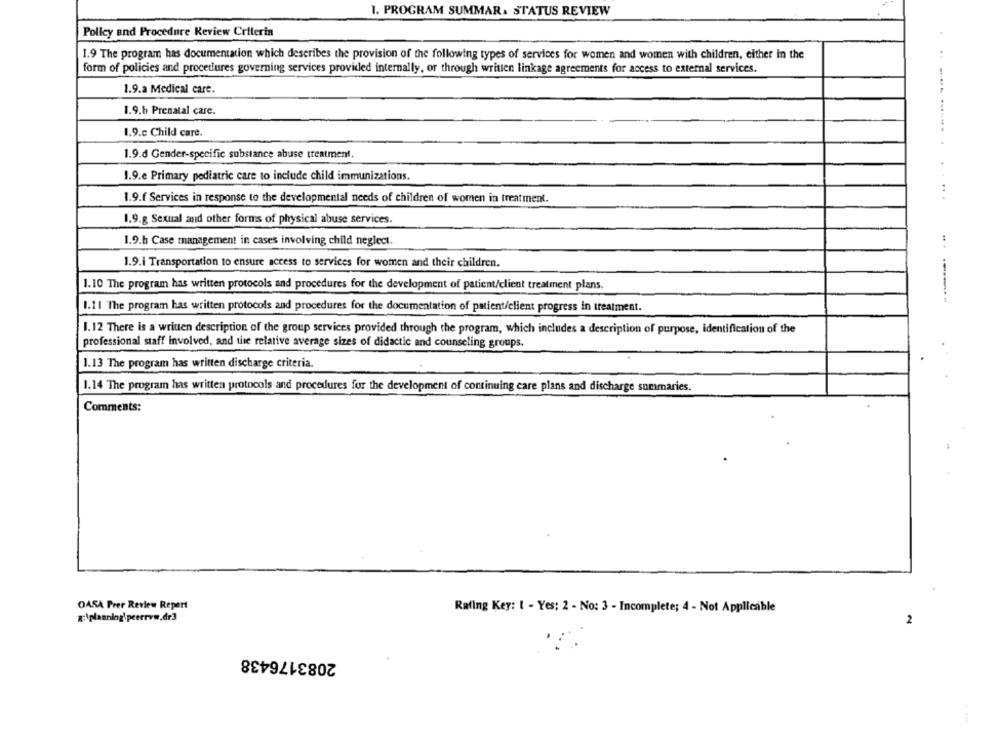
1. PROGRAM SUMMAR . STATUS REVIEW
Policy and Procedure Keview Criteria
1.9 The program has documentation which describes the provision of the following types of services for women and women with children, either in the
form of policies and procedures governing services provided internally, or through written linkage agreements for access to external services.
1.9.a Medical care.
1.9.6 Prenatal care.
1.9.c Child care.
1.9.d Gender-specific substance abuse treatment.
1.9.e Primary pediatric care to include child immunizations.
1.9.f Services in response to the developmental needs of children of women in treatment.
------.. . .....
1.9.g Sexual and other forms of physical abuse services.
1.9.h Case management in cases involving child neglect.
1.9.i Transportation to ensure access to services for women and their children.
1.10 The program has written protocols and procedures for the development of patient/client treatment plans.
1.11 The program has written protocols and procedures for the documentation of patient/client progress in treatment.
1. 12 There is a written description of the group services provided through the program, which includes a description of purpose, identification of the
professional staff involved, and the relative average sizes of didactic and counseling groups.
1.13 The program has written discharge criteria.
1.14 The program has written protocols and procedures for the development of continuing care plans and discharge summaries.
Comments:
OASA Peer Review Repert
Rating Key: 1 - Yes: 2 - No: 3 - Incomplete; 4 - Not Applicable
g:\planning\peerryw.dr3
2
2083176438
---